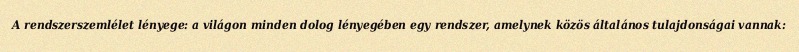
A rendszerszemlélet lényege: a világon minden dolog lényegében egy rendszer, amelynek közös általános tulajdonságai vannak: